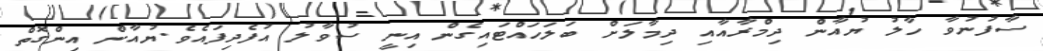
ސާފުނުވާ ހާލު ޔުއާން ދިމްރާއާއި ދިމާލަށް ބަލަހައްޓައިގެން އިނީ ސުވާލު އުފެދިފައެވެ.ޔުއާން އިންގޮތް